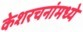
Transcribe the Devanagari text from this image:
केशरचनांमध्ये